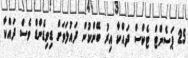
25 ޕަސެންޓް ޓެކްސް ދައްކާ އިރު ބޭންކުން ދައުލަތަށް ޑިވިޑެންޑް ވެސް ދައްކާ